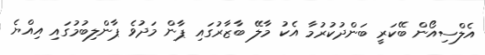
އެލްސިއޯން ބޭކަރީ ބަންދުކުރުމާ އެކު މާލޭ ބާޒާރުގައި ޕާން މަދުވެ ޕާންލިބުމުގައި އިއްޔެ